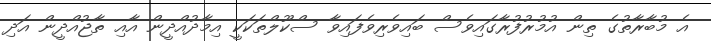
އެ މުބާރާތުގެ ތިން އުމުރުފުރާގައިވެސް ބައިވެރިވެފައިވާ ސްކޫލްތަކަކީ އިމާދުއްދީން އާއި ތާޖުއްދީން އަދި